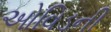
ઓવિડની